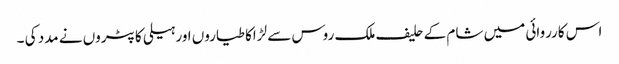
اس کارروائی میں شام کے حلیف ملک روس سے لڑاکا طیاروں اور ہیلی کاپٹروں نے مدد کی ۔